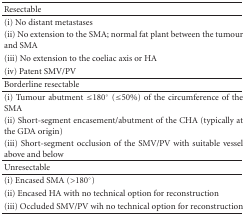
<table><thead><tr><td><b>Resectable</b></td></tr></thead><tbody><tr><td>(i) No distant metastases</td></tr><tr><td>(ii) No extension to the SMA; normal fat plant between thetumour and SMA</td></tr><tr><td>(iii) No extension to the coeliac axis or HA</td></tr><tr><td>(iv) Patent SMV/PV</td></tr><tr><td>Borderline resectable</td></tr><tr><td>(i) Tumour abutment ≤180° (≤50%) ofthe circumference of the SMA</td></tr><tr><td>(ii) Short-segment encasement/abutment of the CHA(typically at the GDA origin)</td></tr><tr><td>(iii) Short-segment occlusion of the SMV/PV with suitablevessel above and below</td></tr><tr><td>Unresectable</td></tr><tr><td>(i) Encased SMA (&gt;180°)</td></tr><tr><td>(ii) Encased HA with no technical option for reconstruction</td></tr><tr><td>(iii) Occluded SMV/PV wih no technical option forreconstruction</td></tr></tbody></table>